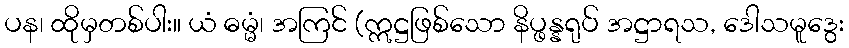
ပန၊ ထိုမှတစ်ပါး။ ယံ ဓမ္မံ၊ အကြင် (ဣဋ္ဌဖြစ်သော နိပ္ဖန္နရုပ် အဋ္ဌာရသ, ဒေါသမူဒွေး